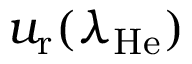
u _ { \mathrm { r } } ( \lambda _ { \mathrm { H e } } )